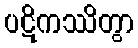
ပဋိကဿိတွာ